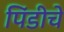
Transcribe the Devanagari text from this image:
पिंडीचे